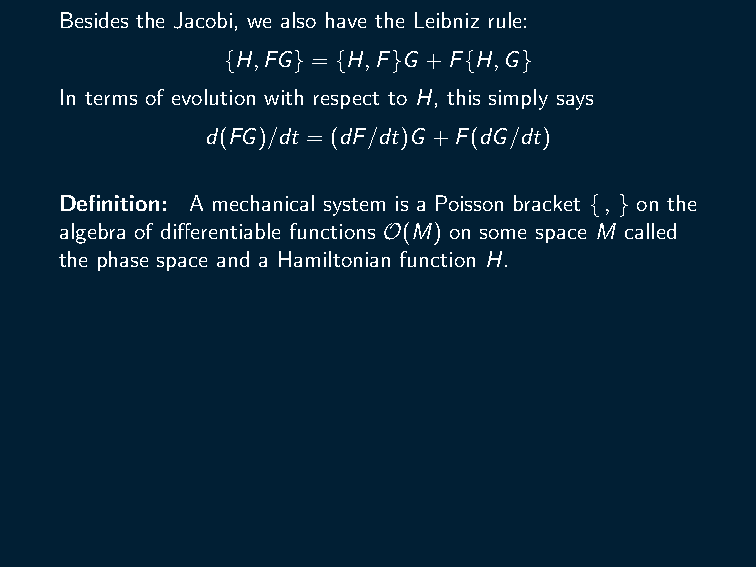
Noether’s theorem: If F is a symmetry, i.e {F,H} = 0, then its
 conserved {H,F} = 0.
 Poisson’s theorem: If F,G are conservation laws (i.e
 {H,F} = {H,G} = 0), then {F,G} is also a conservation law
 ({H,{F,G}} = 0).
 Ex. Describe the motion for the harmonic oscillator
 H(p,q) =
 p2 +kq2
 , where k is the rigidity coefficient of the string.
 2m  2
 Besides the Jacobi, we also have the Leibniz rule:
 {H,FG} = {H,F}G +F{H,G}
 In terms of evolution with respect to H, this simply says
 d(FG)/dt = (dF/dt)G +F(dG/dt)
 Definition: A mechanical system is a Poisson bracket {, } on the
 algebra of differentiable functions O(M) on some space M called
 the phase space and a Hamiltonian function H.